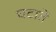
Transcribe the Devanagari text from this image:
घटातें